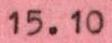
15.10